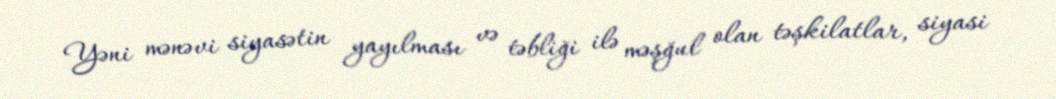
Yəni mənəvi siyasətin yayılması və təbliği ilə məşğul olan təşkilatlar, siyasi